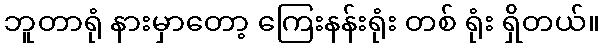
ဘူတာရုံ နားမှာတော့ ကြေးနန်းရုံး တစ် ရုံး ရှိတယ်။